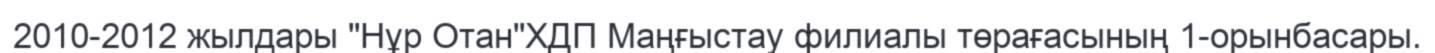
2010-2012 жылдары "Нұр Отан"ХДП Маңғыстау филиалы төрағасының 1-орынбасары.